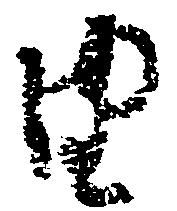
由